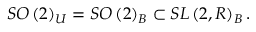
S O \left( 2 \right) _ { U } = S O \left( 2 \right) _ { B } \subset S L \left( 2 , R \right) _ { B } .